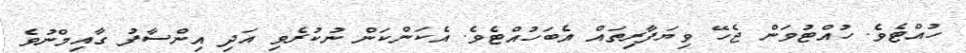
ހުއްޓެވެ. ހުއްޓުވަން ޖެހޭ ވިޔަފާރިތައްް އެބަހުއްޓެވެ. އެކަންކަން ނުކުރެވި އަދި އިންސާފު ގާއިމްނުވެ